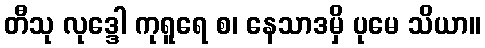
တီသု လုဒ္ဒေါ ကုရူရေ စ၊ နေသာဒမှိ ပုမေ သိယာ။